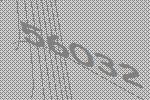
56032